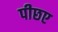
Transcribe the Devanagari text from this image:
पीछए